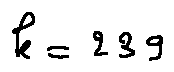
k = 2 3 9